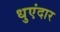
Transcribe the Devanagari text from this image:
धुएंदार